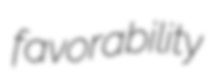
favorability